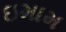
ઇમામ